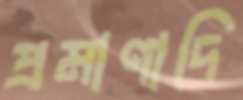
প্রমাণাদি